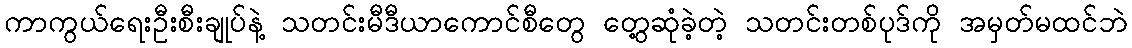
ကာကွယ်ရေးဦးစီးချုပ်နဲ့ သတင်းမီဒီယာကောင်စီတွေ တွေ့ဆုံခဲ့တဲ့ သတင်းတစ်ပုဒ်ကို အမှတ်မထင်ဘဲ